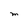
Character: M